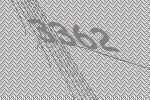
3362